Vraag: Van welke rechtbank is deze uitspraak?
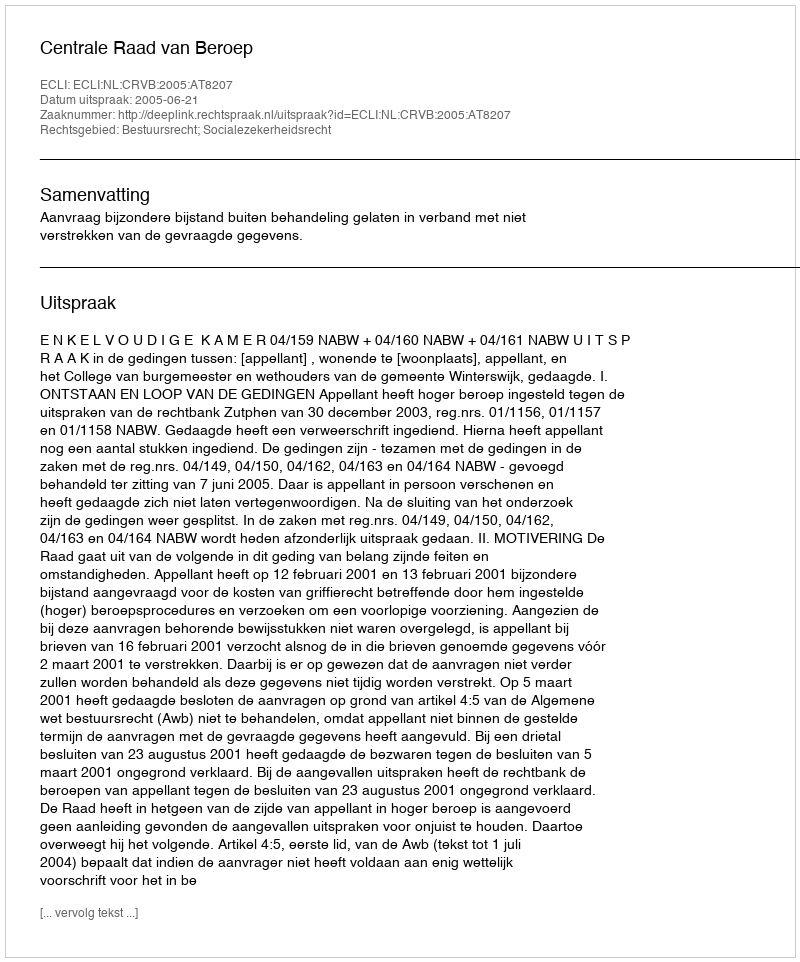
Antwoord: Centrale Raad van Beroep